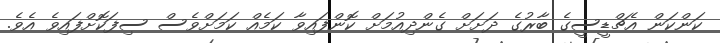
ކަންކަން އެޗްޑީސީގެ ބާރުގެ ދަށަށް ގެންދިއުމަށް ކޮންފައިވާ ކަމެއް ކަމަށްވެސް ސިފަކޮށްފައިވެ އެވެ.